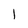
Character: 1